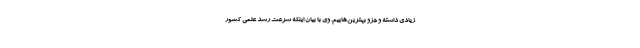
زیادی داشته و جزو بهترین‌هاییم. وی با بیان اینکه سرعت رشد علمی کشور